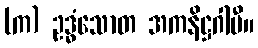
(က) ဥဒ္ဓံသောတ အကနိဋ္ဌဂါမီ။